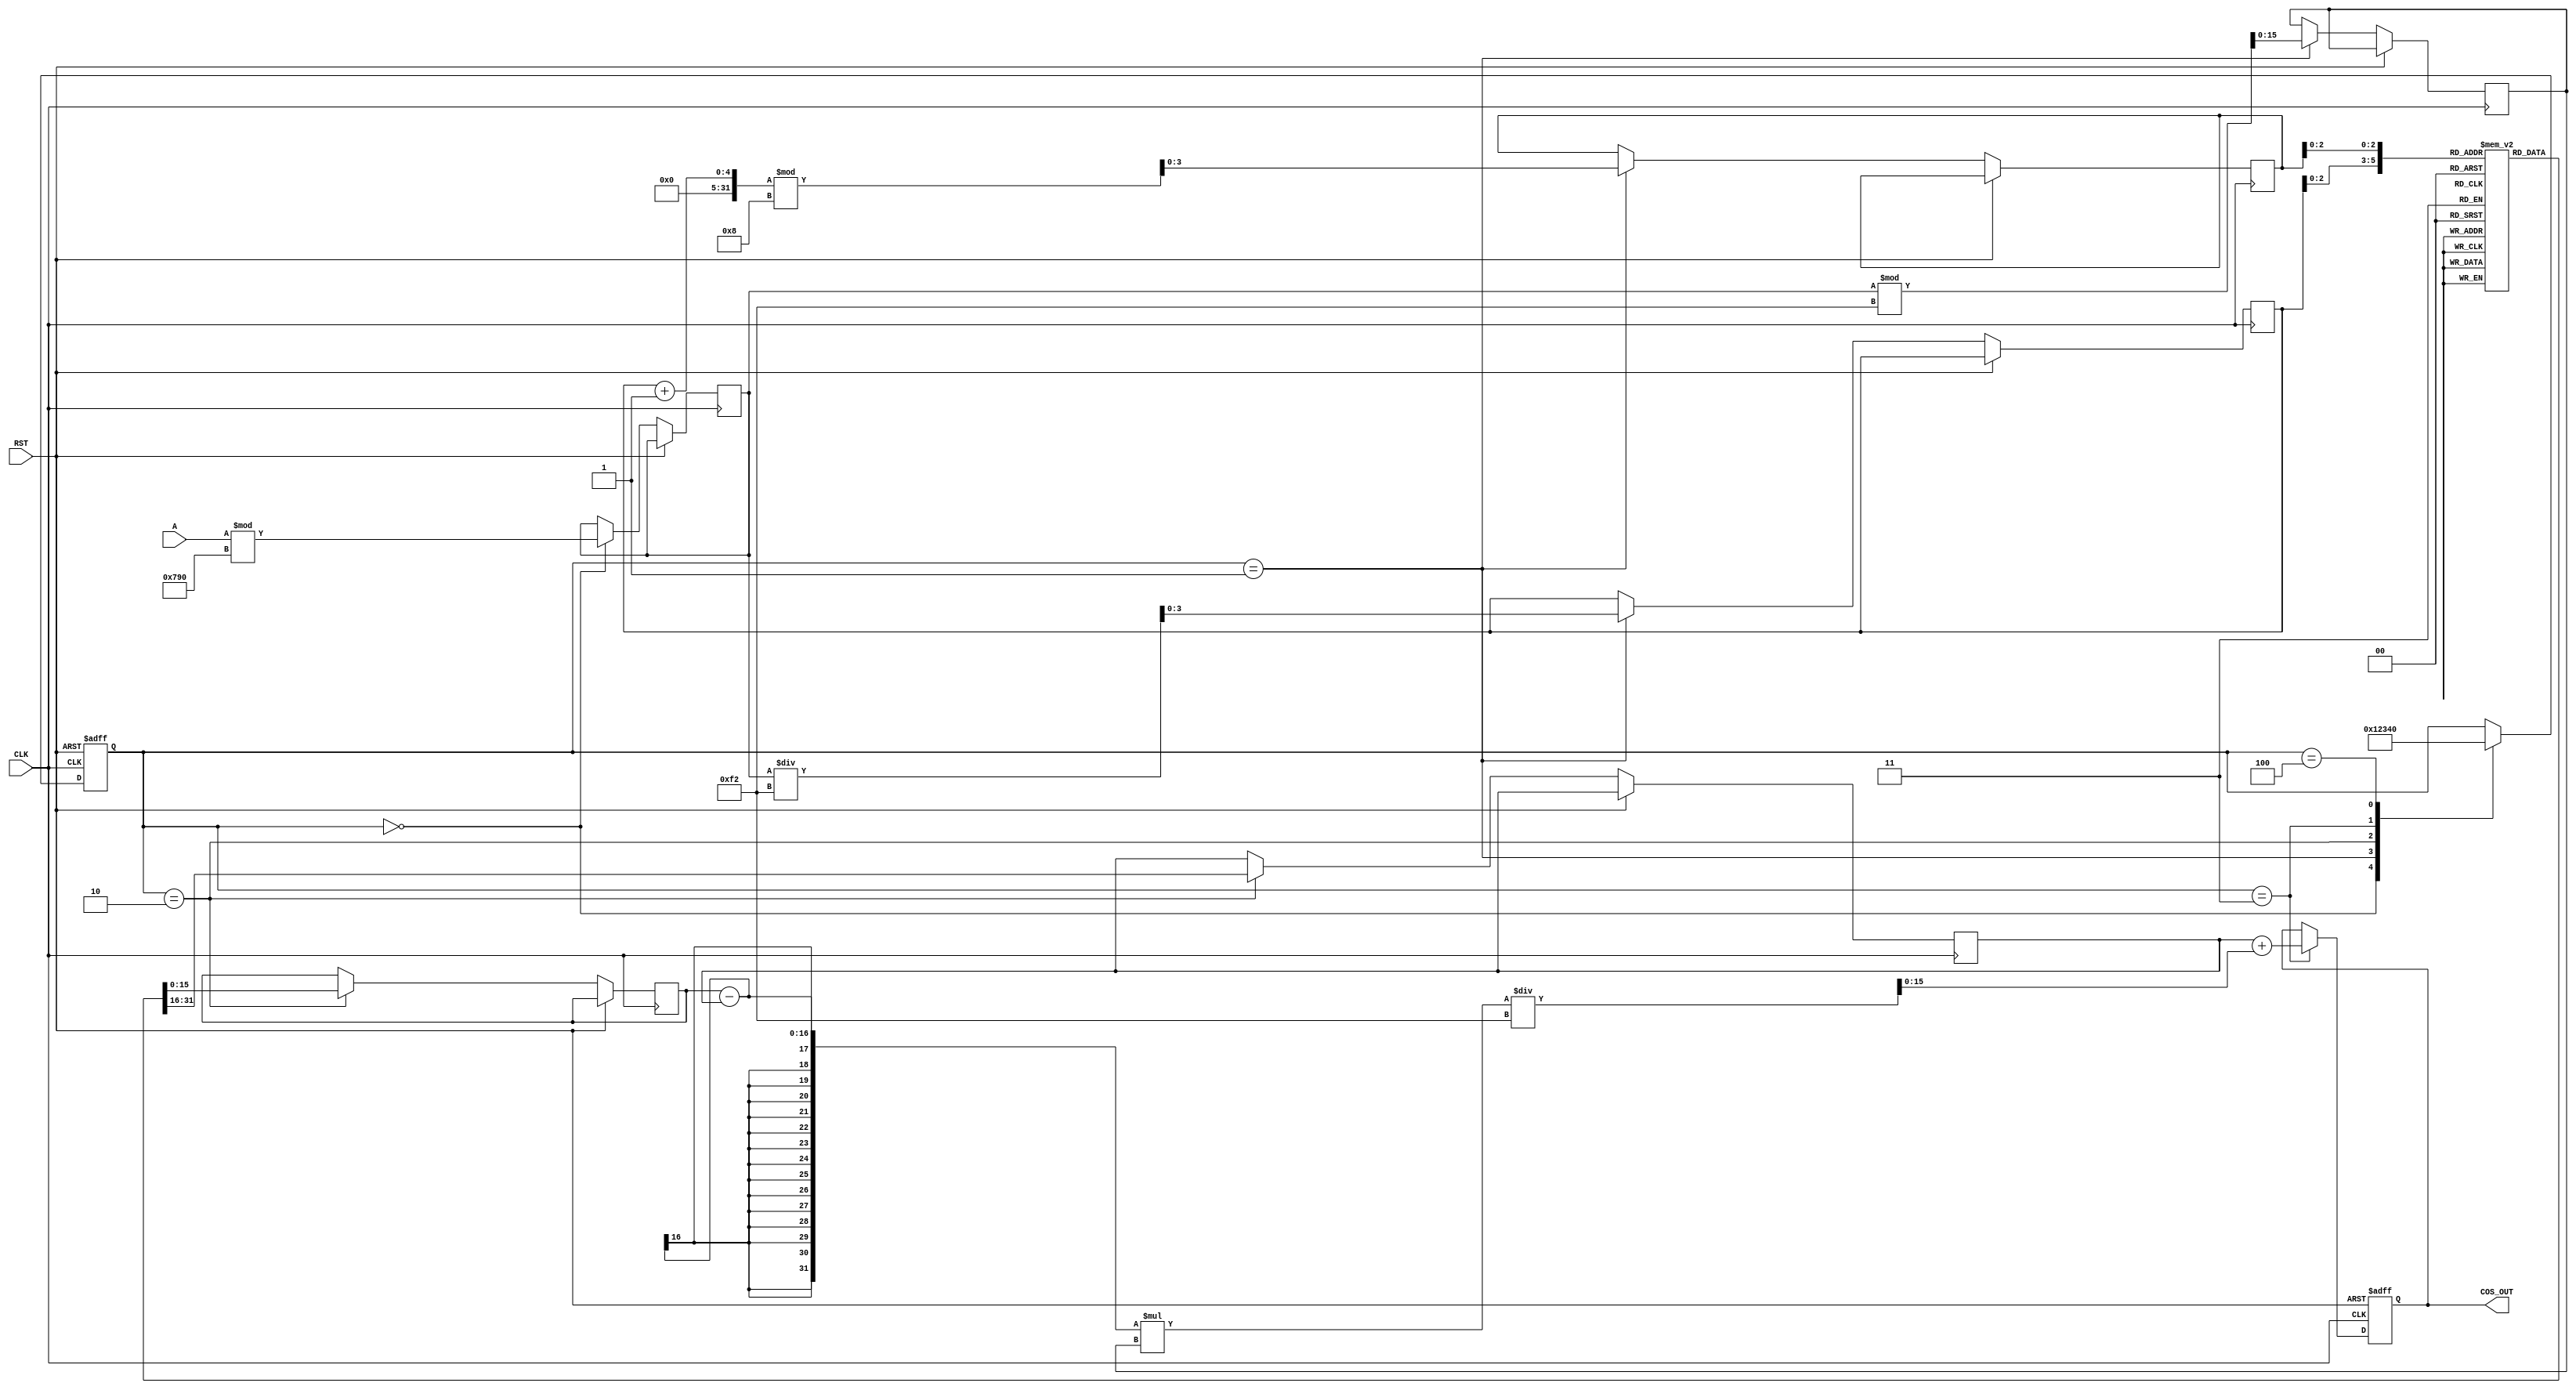
module cosine_block (
    input wire [15:0] A,       // Angle input in radians (fixed-point)
    input wire CLK,            // Clock signal
    input wire RST,            // Reset signal
    output reg [15:0] COS_OUT   // Cosine output
);

    // Parameters for LUT
    parameter LUT_SIZE = 8;
    reg [15:0] cos_lut [0:LUT_SIZE-1]; // LUT for cosine values
    reg [15:0] angle_normalized; // Normalized angle
    reg [3:0] state;             // State machine current state
    reg [15:0] cos1, cos2;       // Cosine values for interpolation
    reg [15:0] angle_frac;       // Fractional part for interpolation
    reg [3:0] index1, index2;    // LUT indices

    // State definitions
    localparam IDLE = 0,
               NORMALIZE = 1,
               LUT_ACCESS = 2,
               INTERPOLATE = 3,
               OUTPUT = 4;

    // Initialize LUT with cosine values (fixed-point representation)
    initial begin
        cos_lut[0] = 16'h0001; // cos(0) = 1.0
        cos_lut[1] = 16'h0D4A; // cos(/6)  0.866
        cos_lut[2] = 16'h0B65; // cos(/4)  0.707
        cos_lut[3] = 16'h0000; // cos(/2) = 0.0
        cos_lut[4] = 16'hF6B3; // cos(2/3)  -0.5
        cos_lut[5] = 16'hF6B3; // cos(5/6)  -0.866
        cos_lut[6] = 16'hFFFF; // cos() = -1.0
        cos_lut[7] = 16'hF6B3; // cos(7/6)  -0.866
    end

    // Normalize input angle A to the range [0, 2)
    always @(posedge CLK or posedge RST) begin
        if (RST) begin
            state <= IDLE;
            COS_OUT <= 16'h0000;
        end else begin
            case (state)
                IDLE: begin
                    angle_normalized <= A % (16'h0002 * 16'h3C8); // 2 in fixed-point
                    state <= NORMALIZE;
                end

                NORMALIZE: begin
                    // Determine LUT indices for interpolation
                    index1 <= angle_normalized / (16'h0002 * 16'h3C8 / LUT_SIZE);
                    index2 <= (index1 + 1) % LUT_SIZE;
                    angle_frac <= angle_normalized % (16'h0002 * 16'h3C8 / LUT_SIZE);
                    state <= LUT_ACCESS;
                end

                LUT_ACCESS: begin
                    // Retrieve cosine values from LUT
                    cos1 <= cos_lut[index1];
                    cos2 <= cos_lut[index2];
                    state <= INTERPOLATE;
                end

                INTERPOLATE: begin
                    // Linear interpolation
                    COS_OUT <= cos1 + ((cos2 - cos1) * angle_frac) / (16'h0002 * 16'h3C8 / LUT_SIZE);
                    state <= OUTPUT;
                end

                OUTPUT: begin
                    // Output the computed cosine value
                    state <= IDLE;
                end
            endcase
        end
    end

endmodule